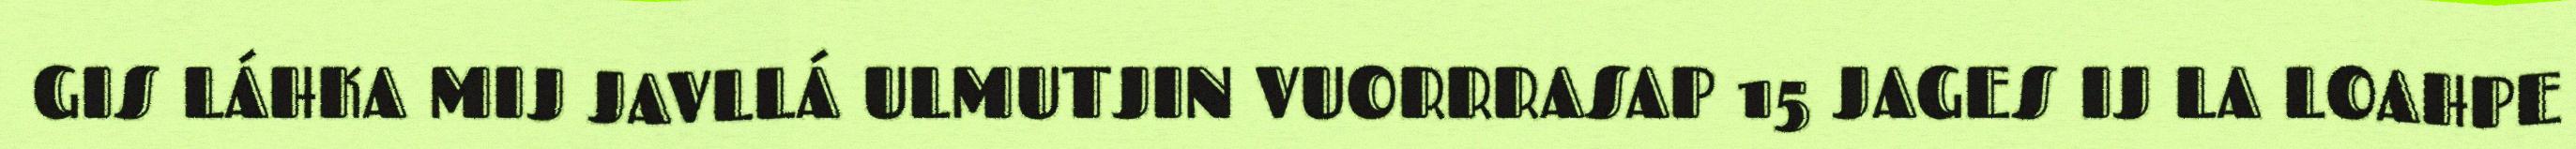
GIS LÁHKA MIJ JAVLLÁ ULMUTJIN VUORRRASAP 15 JAGES IJ LA LOAHPE